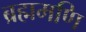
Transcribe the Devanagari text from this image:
ब्रह्ममणि